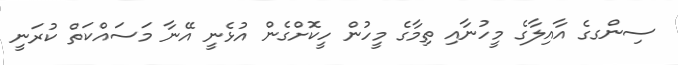
ސިންގގެ އާއިލާގެ މީހުނާއި ތިމާގެ މީހުން ހީކޮށްގެން އުޅެނީ އޭނާ މަސައްކަތް ކުރަނީ